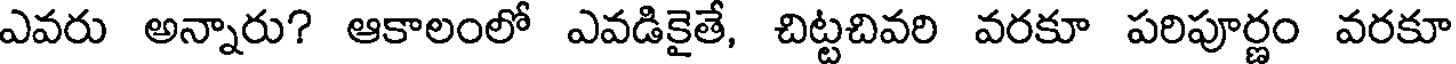
ఎవరు అన్నారు? ఆకాలంలో ఎవడికైతే, చిట్టచివరి వరకూ పరిపూర్ణం వరకూ